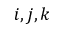
i , j , k